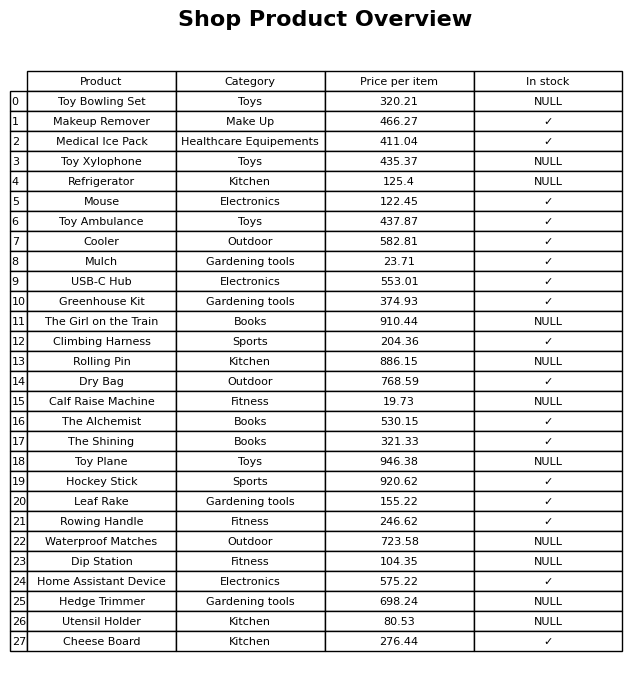
question: What is the price of the Dip Station?
answer: The price of Dip Station is 104.35.